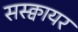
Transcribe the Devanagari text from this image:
सस्क्वायर